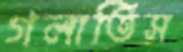
গলাতিস